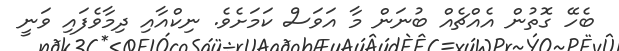
ބެހޭ ގޮތުން އެއްޗެއް ބުނަން މާ އަވަސް ކަމަށެވެ. ނިކްއާއި ދިމާވެފައި ވަނީ